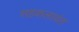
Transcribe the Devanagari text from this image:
सहकलावंत